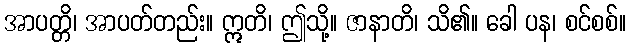
အာပတ္တိ၊ အာပတ်တည်း။ ဣတိ၊ ဤသို့။ ဇာနာတိ၊ သိ၏။ ခေါ ပန၊ စင်စစ်။